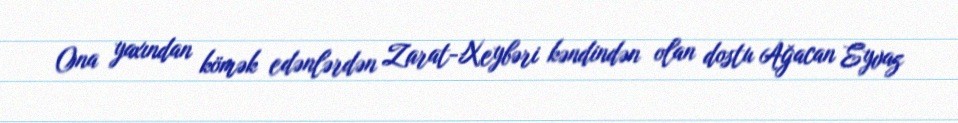
Ona yaxından kömək edənlərdən Zarat-Xeybəri kəndindən olan dostu Ağacan Eyvaz